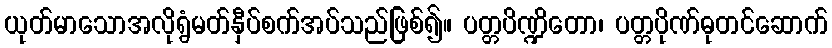
ယုတ်မာသောအလိုရွံမတ်နှီပ်စက်အပ်သည်ဖြစ်၍။ ပတ္တပိဏ္ဍိတော၊ ပတ္တပိုဏ်ဓုတင်ဆောက်